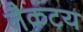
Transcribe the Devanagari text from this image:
नैकटय